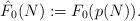
LaTeX: \begin{align*}\hat{F}_0(N) := F_0(p(N)).\end{align*}